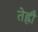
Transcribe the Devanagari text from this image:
तेह्रौं